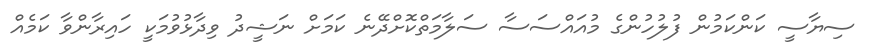
ސިޔާސީ ކަންކަމުން ފުލުހުންގެ މުއައްސަސާ ސަލާމަތްކޮށްދޭނެ ކަމަށް ނަޝީދު ވިދާޅުވުމަކީ ހައިރާންވާ ކަމެއް